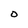
Character: O